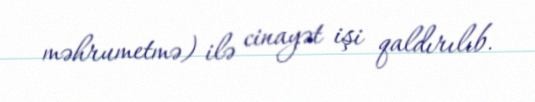
məhrumetmə) ilə cinayət işi qaldırılıb.